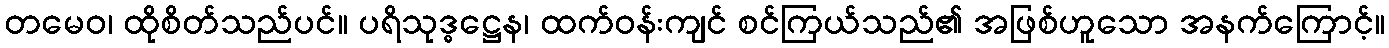
တမေဝ၊ ထိုစိတ်သည်ပင်။ ပရိသုဒ္ဓဋ္ဌေန၊ ထက်ဝန်းကျင် စင်ကြယ်သည်၏ အဖြစ်ဟူသော အနက်ကြောင့်။